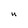
Character: U